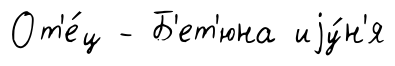
От'е́ц - Б'ет'юна иjу́н'я